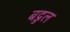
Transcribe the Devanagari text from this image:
बद्रुल